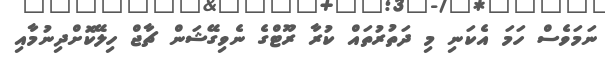
ނަމަވެސް ހަމަ އެކަނި މި ދަތުރުތައް ކުރާ ރޫޓްގެ ނެވިގޭޝަން ޗާޖް ހިލޭކޮށްދިނުމާއި